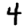
Digit: 4